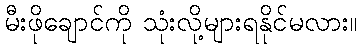
မီးဖိုချောင်ကို သုံးလို့များရနိုင်မလား။